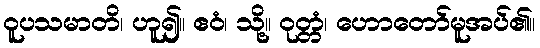
ဝူပသမာတိ၊ ဟူ၍။ ဧဝံ၊ သို့။ ဝုတ္တံ၊ ဟောတော်မူအပ်၏။